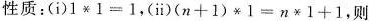
性质：(i)$$1\ast 1=1$$，(ii)$$(n+1)\ast 1=n\ast 1+1$$，则